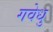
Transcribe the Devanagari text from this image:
गवेधु